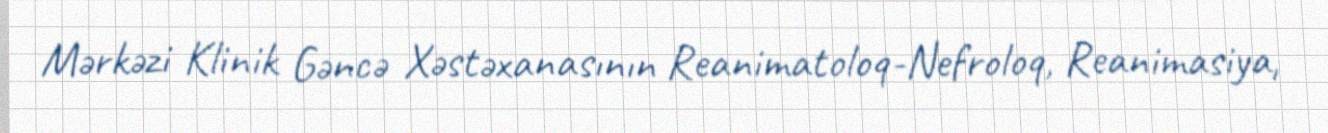
Mərkəzi Klinik Gəncə Xəstəxanasının Reanimatoloq-Nefroloq, Reanimasiya,